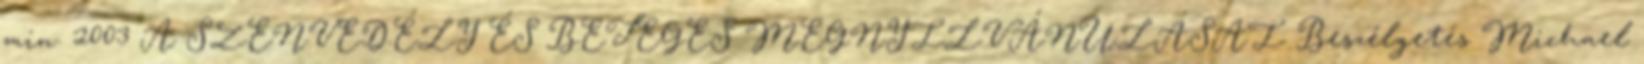
min. 2003 A SZENVEDÉLY ÉS BETEGES MEGNYILVÁNULÁSAI Beszélgetés Michael